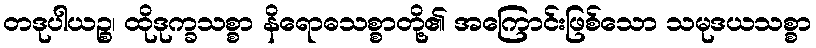
တဒုပါယဉ္စ၊ ထိုဒုက္ခသစ္စာ နိရောဓသစ္စာတို့၏ အကြောင်းဖြစ်သော သမုဒယသစ္စာ